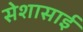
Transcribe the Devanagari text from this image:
सेशासाई